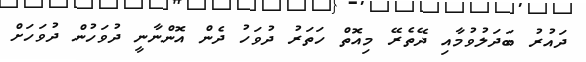
ދައުރު ބަދަލުވުމާއި ދޭތެރޭ މިއޮތް ހަތަރު ދުވަހު ދެން އޮންނާނީ ދުވަހުން ދުވަހަށް